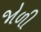
જોળી